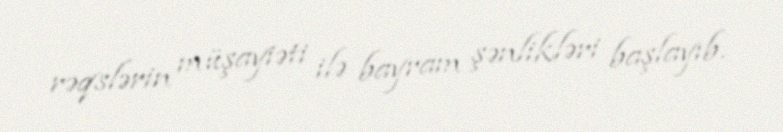
rəqslərin müşayiəti ilə bayram şənlikləri başlayıb.